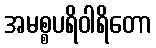
အမစ္စပရိဝါရိတော